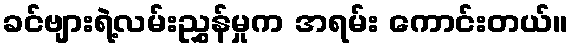
ခင်ဗျားရဲ့လမ်းညွှန်မှုက အရမ်း ကောင်းတယ်။